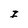
Character: I